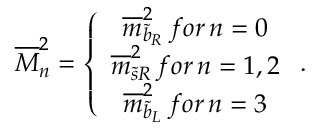
\overline { { { M } } } _ { n } ^ { 2 } = \left\{ \begin{array} { c } { { \overline { { { m } } } _ { \widetilde { b } _ { R } } ^ { 2 } \, f o r \, n = 0 } } \\ { { \overline { { { m } } } _ { \widetilde { s } R } ^ { 2 } \, f o r \, n = 1 , 2 } } \\ { { \overline { { { m } } } _ { \widetilde { b } _ { L } } ^ { 2 } \, f o r \, n = 3 } } \end{array} \right. .